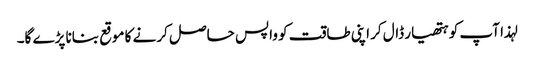
لہذا آپ کو ہتھیار ڈال کر اپنی طاقت کو واپس حاصل کرنے کا موقع بنانا پڑے گا۔